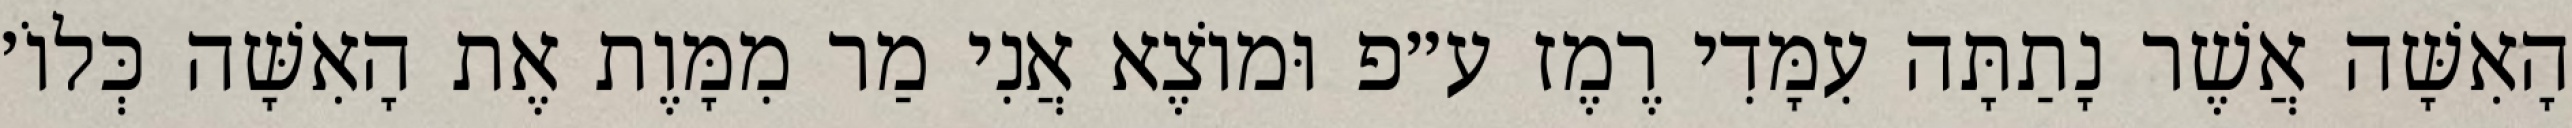
הָאִשָּׁה אֲשֶׁר נָתַתָּה עִמָּדִי רֶמֶז ע״פ וּמוֹצֶא אֲנִי מַר מִמָּוֶת אֶת הָאִשָּׁה כְּלוֹ׳